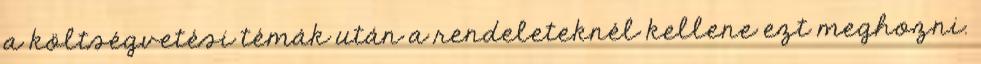
a költségvetési témák után a rendeleteknél kellene ezt meghozni.